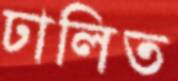
ঢালিত